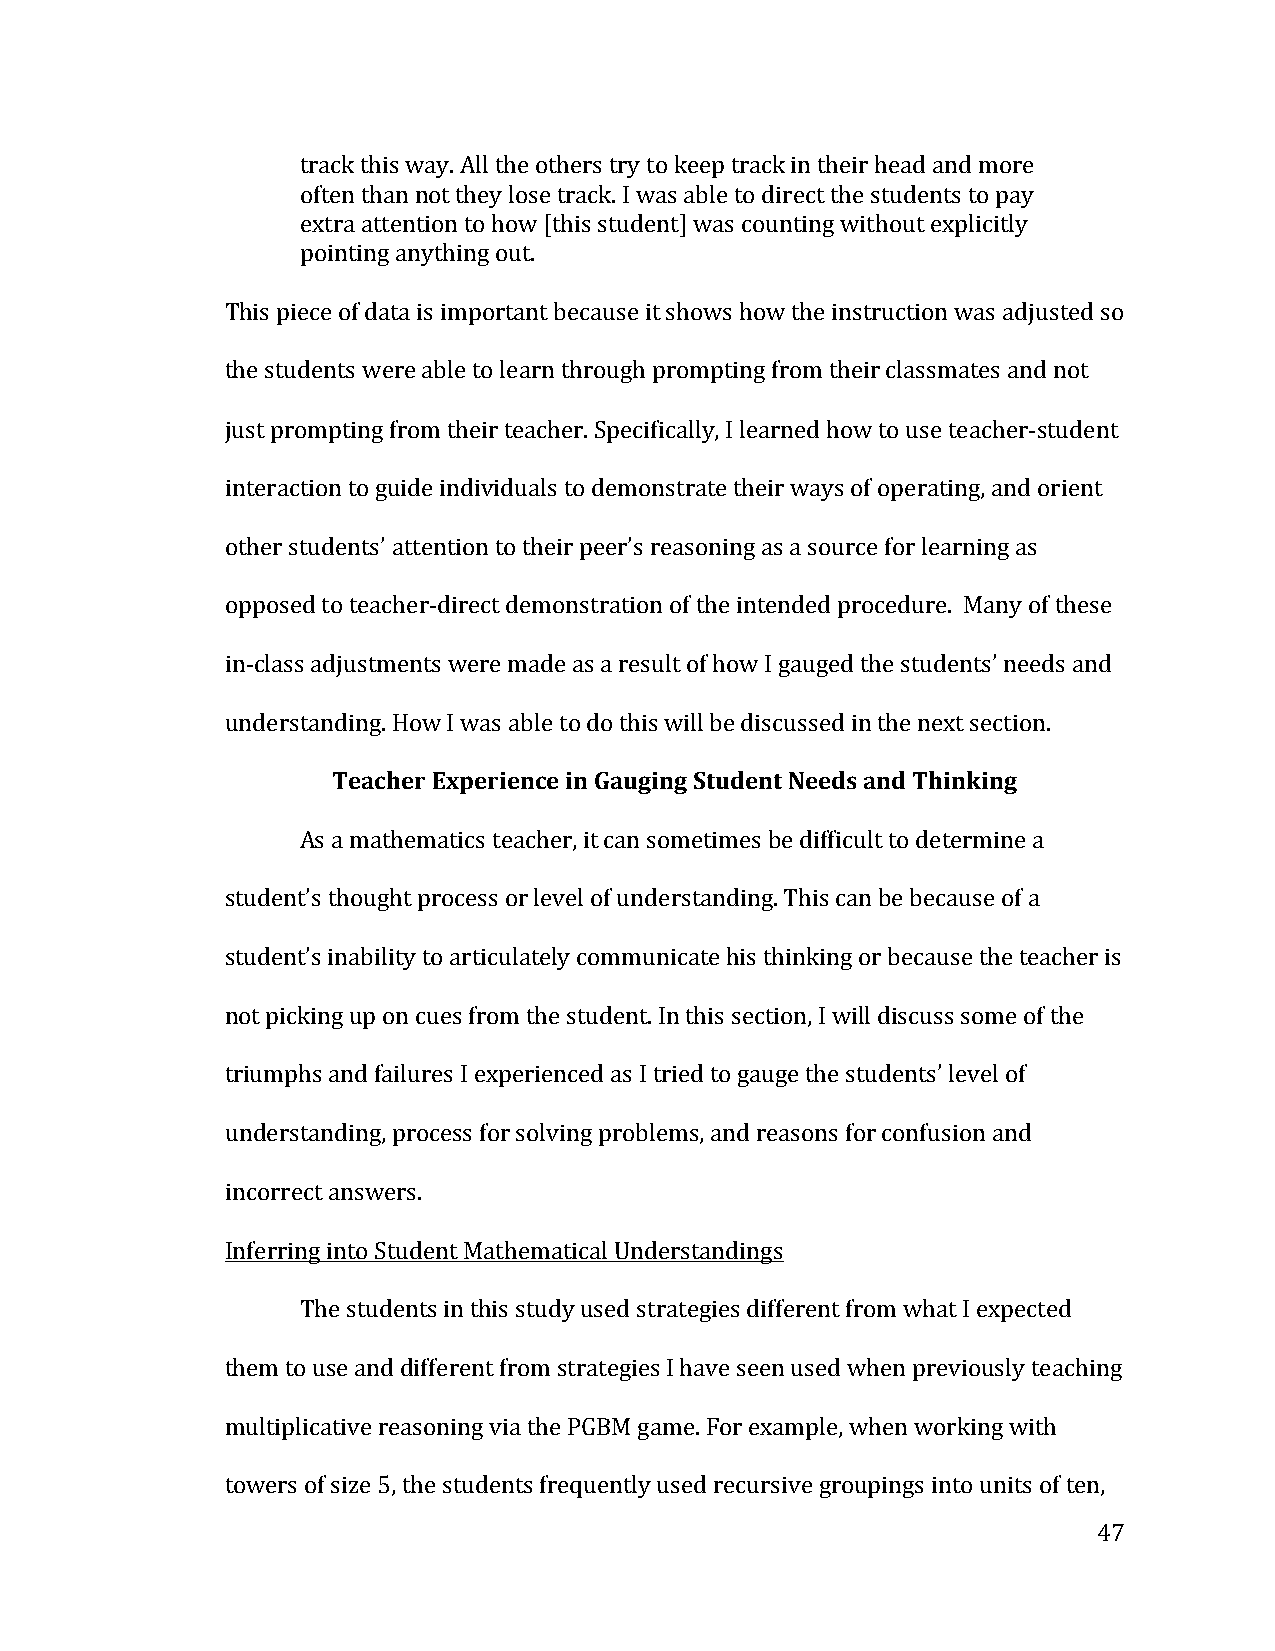
track this way. All the others try to keep track in their head and more
 often than not they lose track. I was able to direct the students to pay
 extra attention to how [this student] was counting without explicitly
 pointing anything out.
 This piece of data is important because it shows how the instruction was adjusted so
 the students were able to learn through prompting from their classmates and not
 just prompting from their teacher. Specifically, I learned how to use teacher-­‐student
 interaction to guide individuals to demonstrate their ways of operating, and orient
 other students’ attention to their peer’s reasoning as a source for learning as
 opposed to teacher-­‐direct demonstration of the intended procedure. Many of these
 in-­‐class adjustments were made as a result of how I gauged the students’ needs and
 understanding. How I was able to do this will be discussed in the next section.
 Teacher Experience in Gauging Student Needs and Thinking
 As a mathematics teacher, it can sometimes be difficult to determine a
 student’s thought process or level of understanding. This can be because of a
 student’s inability to articulately communicate his thinking or because the teacher is
 not picking up on cues from the student. In this section, I will discuss some of the
 triumphs and failures I experienced as I tried to gauge the students’ level of
 understanding, process for solving problems, and reasons for confusion and
 incorrect answers.
 Inferring into Student Mathematical Understandings
 The students in this study used strategies different from what I expected
 them to use and different from strategies I have seen used when previously teaching
 multiplicative reasoning via the PGBM game. For example, when working with
 towers of size 5, the students frequently used recursive groupings into units of ten,
 47